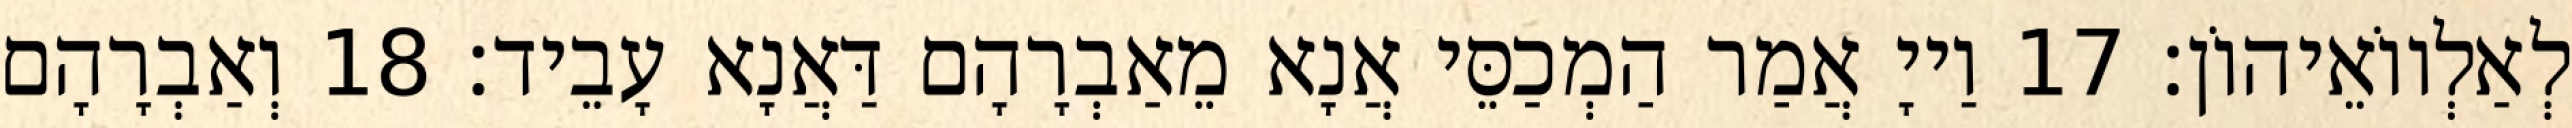
לְאַלְווֹאֵיהוֹן׃ 17 וַייָ אֲמַר הַמְכַסֵּי אֲנָא מֵאַבְרָהָם דַּאֲנָא עָבֵיד׃ 18 וְאַבְרָהָם